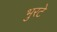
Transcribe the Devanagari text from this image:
भुरटे